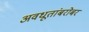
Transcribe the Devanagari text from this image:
अवधूतांबरोबर